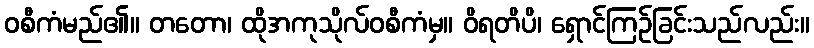
ဝစီကံမည်၏။ တတော၊ ထိုအကုသိုလ်ဝစီကံမှ။ ဝိရတိပိ၊ ရှောင်ကြဉ်ခြင်းသည်လည်း။